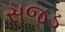
સજડ